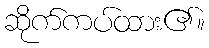
ဆိုက်ကပ်ထား၏။